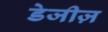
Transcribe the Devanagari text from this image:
डेजीज़